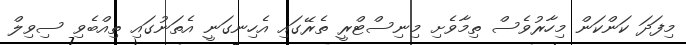
މިފަދަ ކަންކަން މިހާރުވެސް ތިމާވެށި މިނިސްޓްރީ ތެރޭގައި އެހިނގަނީ އެތަނުގައި ތިއްބެވި ސިވިލް